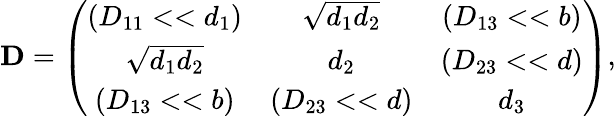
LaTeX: {\mathbf D}=\left(\begin{array}{ccc}{{(D_{11}<<d_{1})}}&{{\sqrt{d_{1}d_{2}}}}&{{(D_{13}<<b)}}\\ {{\sqrt{d_{1}d_{2}}}}&{{d_{2}}}&{{(D_{23}<<d)}}\\ {{(D_{13}<<b)}}&{{(D_{23}<<d)}}&{{d_{3}}}\end{array}\right),